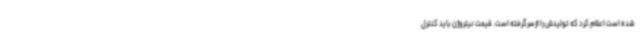
شده است اعلام کرد که تولیدش را ازسرگرفته است. قیمت نیتروژن باید کنترل